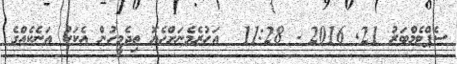
ސެޕްޓެމްބަރު 21